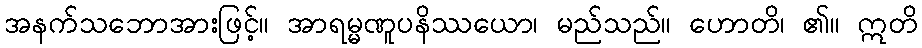
အနက်သဘောအားဖြင့်။ အာရမ္မဏူပနိဿယော၊ မည်သည်။ ဟောတိ၊ ၏။ ဣတိ